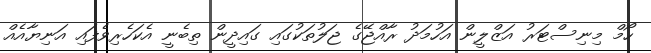
ހޯމް މިނިސްޓަރު އަޒްލީން އަހުމަދު ރާއްޖޭގެ ޖަލުތަކުގައި ގައިދީން ތިބެނީ އެކަހެރިވެފައި އަނިޔާއެއް